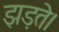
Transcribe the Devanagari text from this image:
झड़ते।